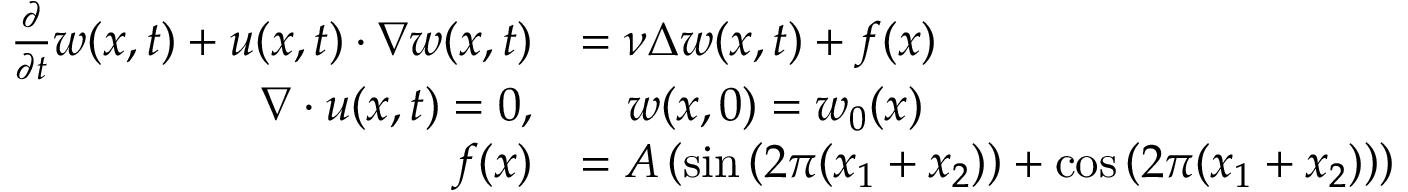
\begin{array} { r l } { \frac { \partial } { \partial t } w ( x , t ) + u ( x , t ) \cdot \nabla w ( x , t ) } & { = \nu \Delta w ( x , t ) + f ( x ) } \\ { \nabla \cdot u ( x , t ) = 0 , } & { \quad w ( x , 0 ) = w _ { 0 } ( x ) } \\ { f ( x ) } & { = A \left( \sin \left( 2 \pi ( x _ { 1 } + x _ { 2 } ) \right) + \cos \left( 2 \pi ( x _ { 1 } + x _ { 2 } ) \right) \right) } \end{array}